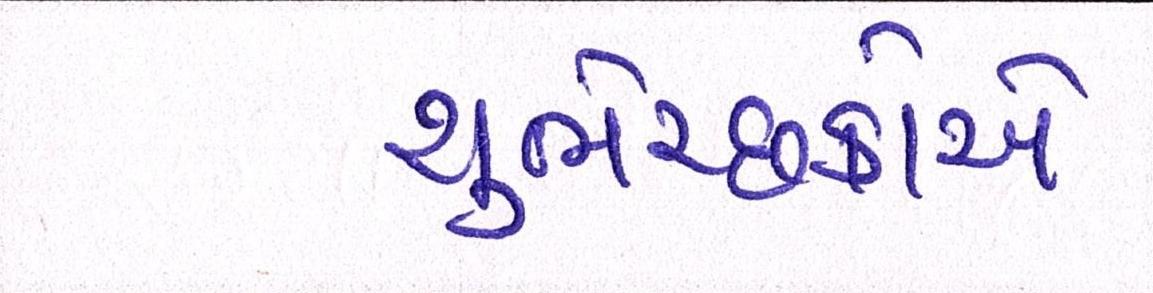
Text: શુભેચ્છકોએ